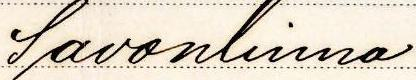
Savonlinna